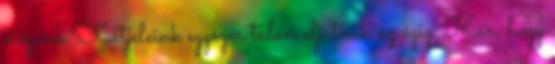
kiégünk Füstjeleink egyszer talán eljutnak az égig. Kár, hogy